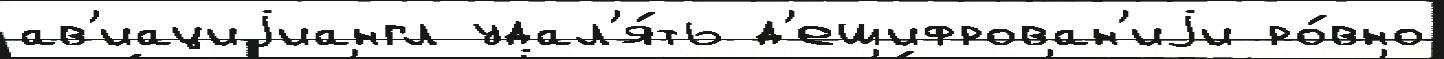
ав'иациjиангл удал'я́ть д'ешифрован'иjи ро́вно